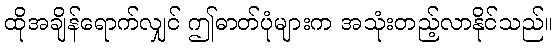
ထိုအချိန်ရောက်လျှင် ဤဓာတ်ပုံများက အသုံးတည့်လာနိုင်သည်။